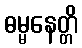
ဓမ္မနေတ္တိ